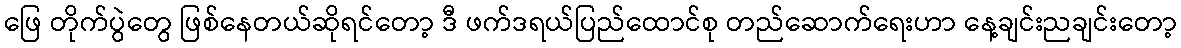
ဖြေ တိုက်ပွဲတွေ ဖြစ်နေတယ်ဆိုရင်တော့ ဒီ ဖက်ဒရယ်ပြည်ထောင်စု တည်ဆောက်ရေးဟာ နေ့ချင်းညချင်းတော့